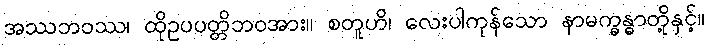
အဿဘဝဿ၊ ထိုဥပပတ္တိဘဝအား။ စတူဟိ၊ လေးပါကုန်သော နာမက္ခန္ဓာတို့နှင့်။